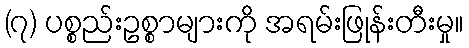
(၇) ပစ္စည်းဥစ္စာများကို အရမ်းဖြုန်းတီးမှု။